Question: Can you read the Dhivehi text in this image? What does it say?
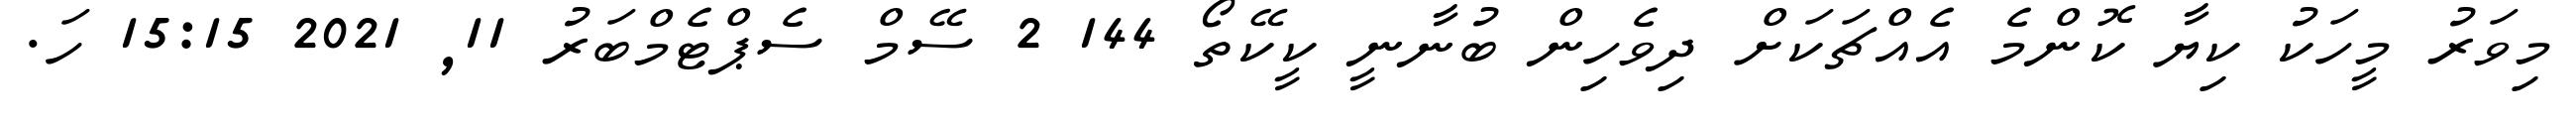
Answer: މިވަރު މީހަކު ކިޔާ ކޮންމެ އެއްޗަކަށް ދިވެހިން ބުނާނީ ކީކޭތޯ 144 2 ސޭމް ސެޕްޓެމްބަރު 11, 2021 15:15 ހަ.